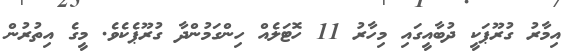
އިމާރު ގުރޫޕަކީ ދުބާއީގައި މިހާރު 11 ހޮޓަލެއް ހިންގަމުންދާ ގުރޫޕެކެވެ. މީގެ އިތުރުން